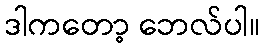
ဒါကတော့ ဘေလ်ပါ။